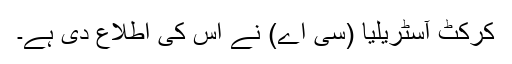
کرکٹ آسٹریلیا (سی اے) نے اس کی اطلاع دی ہے۔